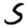
Digit: 5